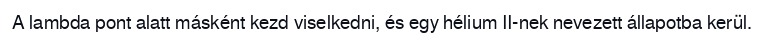
A lambda pont alatt másként kezd viselkedni, és egy hélium II-nek nevezett állapotba kerül.